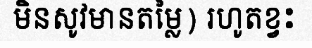
មិនសូវមានតម្លៃ) រហូតខ្វះ